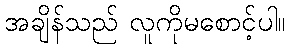
အချိန်သည် လူကိုမစောင့်ပါ။